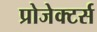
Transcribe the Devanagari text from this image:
प्रोजेक्टर्स